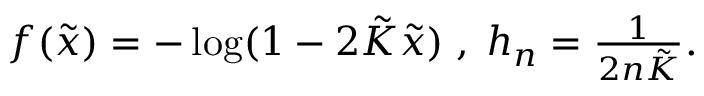
\begin{array} { r } { f ( { \tilde { x } } ) = - \log ( 1 - 2 { \tilde { K } } { \tilde { x } } ) \; , \; h _ { n } = \frac { 1 } { 2 n { \tilde { K } } } . } \end{array}